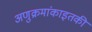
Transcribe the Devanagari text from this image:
अणुक्रमांकाइतकी